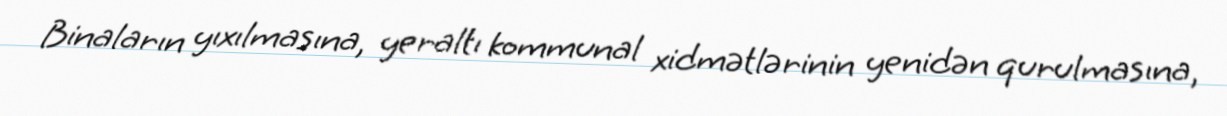
Binaların yıxılmasına, yeraltı kommunal xidmətlərinin yenidən qurulmasına,